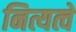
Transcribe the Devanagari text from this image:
नित्यत्वे